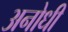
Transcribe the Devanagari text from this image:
अनोधी